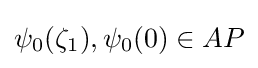
\psi _{0}(\zeta _{1}),\psi _{0}(0)\in AP